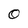
Character: O